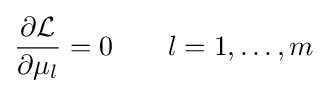
{\partial {\mathcal {L}} \over \partial \mu _{l}}=0\qquad l=1,\dots ,m